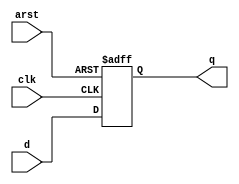
module dffa1(clk, arst, d, q);
input clk, arst, d;
output reg q;
always @(posedge clk or negedge arst) begin
	if (~arst)
		q <= 0;
	else
		q <= d;
end
endmodule